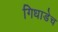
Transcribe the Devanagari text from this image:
गिधाडेच